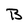
Character: B